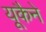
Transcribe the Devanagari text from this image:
यूकैने